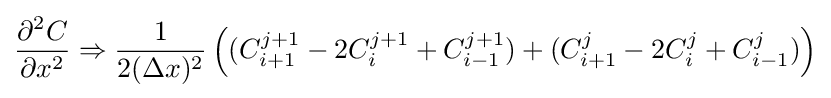
{\frac {\partial ^{2}C}{\partial x^{2}}}\Rightarrow {\frac {1}{2(\Delta x)^{2}}}\left((C_{i+1}^{j+1}-2C_{i}^{j+1}+C_{i-1}^{j+1})+(C_{i+1}^{j}-2C_{i}^{j}+C_{i-1}^{j})\right)